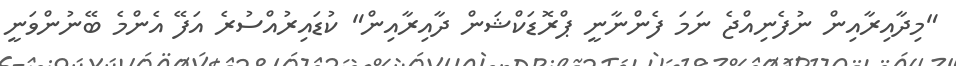
"މިދާއިރާއިން ނުފެނިއްޖެ ނަމަ ފެންނާނީ ޕްރޮޑަކްޝަން ދާއިރާއިން" ކުޑައިރުއްސުރެ އަފޭ އެންމެ ބޭނުންވަނީ